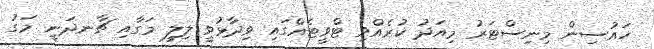
ހައުސިން މިނިސްޓަރު މިއަދު ކުރެއްވި ޓްވީޓެއްގައި ވިދާޅުވީ ލިލީ މަގާއި ޗާނދަނީ މަގު